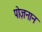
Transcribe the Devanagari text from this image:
पोज़नान